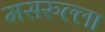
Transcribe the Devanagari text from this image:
मसरुल्ला